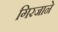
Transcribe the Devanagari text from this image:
गिरजाने